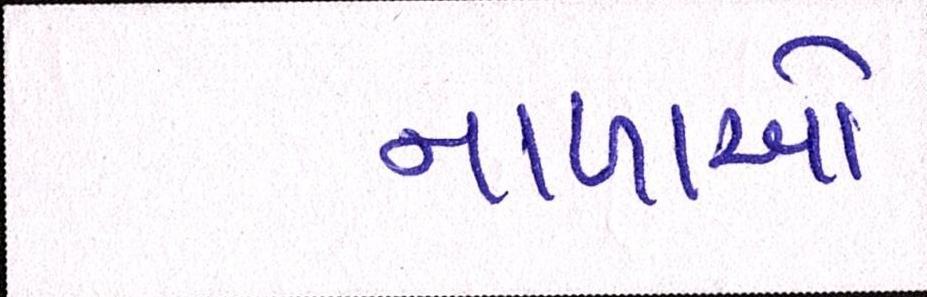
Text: નાળાઓ